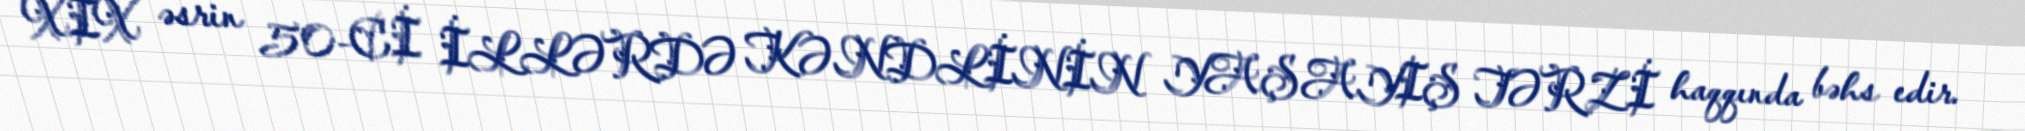
XIX əsrin 50-Cİ İLLƏRDƏ KƏNDLİNİN YAŞAYIŞ TƏRZİ haqqında bəhs edir.